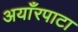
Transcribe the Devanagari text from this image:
अयाँरपाटा